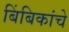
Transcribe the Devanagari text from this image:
बिंबिकांचे